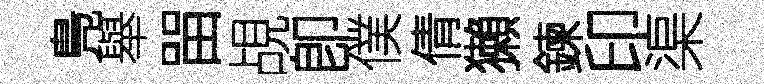
鳬舉㽞覘卽僕倩獺鍊印渠